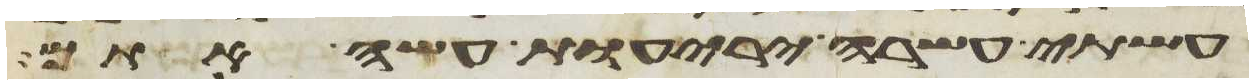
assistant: עשתה עשרה יריעות עשה אתם